Vaccination in Bombay 1924-1928 - 1924-1928
Year: 1924
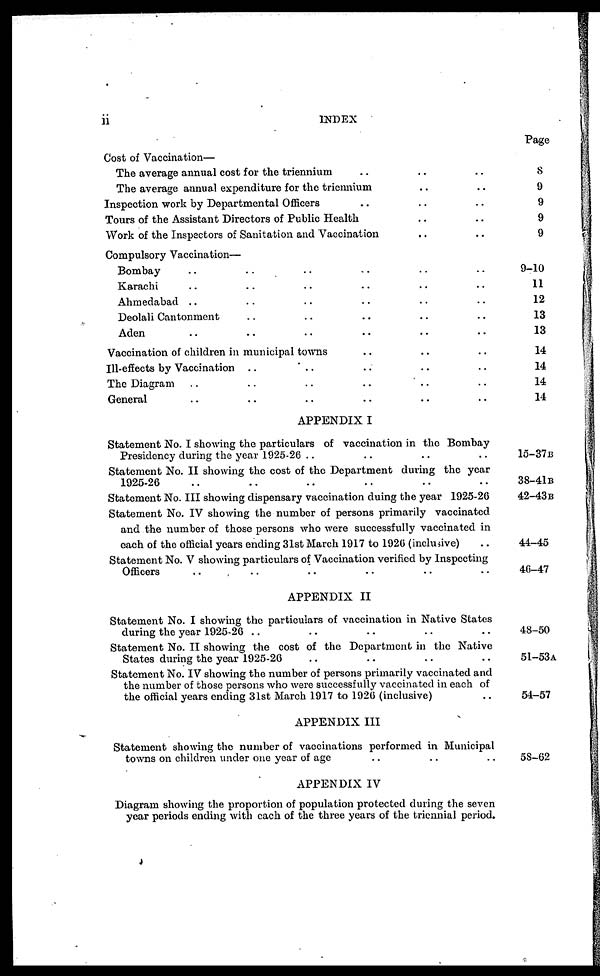
ii
INDEX
Cost of Vaccination—
The average annual cost for the triennium .. .. ..
The average annual expenditure for the triennium .. ..
Inspection work by Departmental Officers .. .. ..
Tours of the Assistant Directors of Public Health .. ..
Work of the Inspectors of Sanitation and Vaccination.. ..
Compulsory Vaccination—
Bombay .. .. .. .. .. ..
Karachi .. .. .. .. .. ..
Ahmedabad .. .. .. .. .. ..
Deolali Cantonment .. .. .. .. .. ..
Aden .. .. .. .. .. ..
Vaccination of children in municipal towns .. .. ..
Ill-effects by Vaccination .. .. .. .. .. ..
The Diagram .. .. .. .. .. ..
General .. .. .. .. .. ..
Page
8
9
9
9
9
9-10
11
12
13
13
14
14
14
14
APPENDIX I
Statement No. I showing the particulars of vaccination in the Bombay
Presidency during the year 1925-26 .. .. .. ..
Statement No. II showing the cost of the Department during the year
1925-26 .. .. .. .. ..
Statement No. III showing dispensary vaccination duing the year 1925-26
Statement No. IV showing the number of persons primarily vaccinated
and the number of those persons who were successfully vaccinated in
each of the official years ending 31st March 1917 to 1926 (inclusive) ..
Statement No. V showing particulars of Vaccination verified by Inspecting
Officers
.. .. .. .. ..
15—37B
38—41B
42—43B
44—45
46—47
APPENDIX II
Statement No. I showing the particulars of vaccination in Native States
during the year 1925-26 .. .. .. .. ..
Statement No. II showing the cost of the Department in the Native
States during the year 1925-26 .. .. .. .. ..
Statement No. IV showing the number of persons primarily vaccinated and
the number of those persons who were successfully vaccinated in each of
the official years ending 31st March 1917 to 1926 (inclusive) ..
48—50
51—53A
54—57
APPENDIX III
Statement showing the number of vaccinations performed in Municipal
towns on children under one year of age .. .. ..
58—62
APPENDIX IV
Diagram showing the proportion of population protected during the seven
year periods ending with each of the three years of the triennial period.